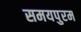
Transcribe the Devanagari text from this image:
समयपुरम